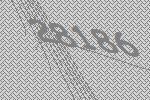
28186